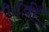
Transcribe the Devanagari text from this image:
१८वीँ